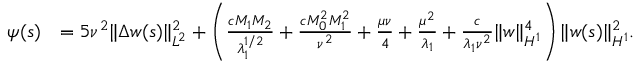
\begin{array} { r l } { \psi ( s ) } & { = 5 \nu ^ { 2 } \| \Delta w ( s ) \| _ { L ^ { 2 } } ^ { 2 } + \left( \frac { c M _ { 1 } M _ { 2 } } { \lambda _ { 1 } ^ { 1 / 2 } } + \frac { c M _ { 0 } ^ { 2 } M _ { 1 } ^ { 2 } } { \nu ^ { 2 } } + \frac { \mu \nu } { 4 } + \frac { \mu ^ { 2 } } { \lambda _ { 1 } } + \frac { c } { \lambda _ { 1 } \nu ^ { 2 } } \| w \| _ { H ^ { 1 } } ^ { 4 } \right) \| w ( s ) \| _ { H ^ { 1 } } ^ { 2 } . } \end{array}